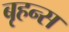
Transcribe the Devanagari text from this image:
बृहन्स